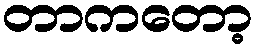
တာကတော့